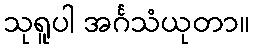
သုရူပါ အင်္ဂသံယုတာ။